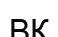
ВК